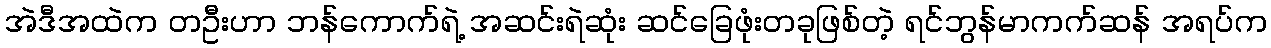
အဲဒီအထဲက တဦးဟာ ဘန်ကောက်ရဲ့ အဆင်းရဲဆုံး ဆင်ခြေဖုံးတခုဖြစ်တဲ့ ရင်ဘွန်မာကက်ဆန် အရပ်က